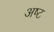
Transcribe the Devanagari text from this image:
अष्‍ट